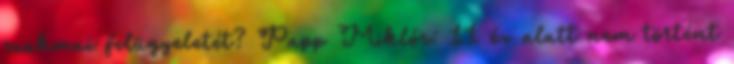
szakmai felügyeletét? Papp Miklós: 11 év alatt nem történt